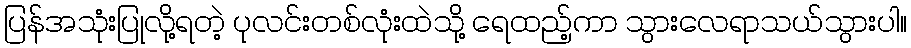
ပြန်အသုံးပြုလို့ရတဲ့ ပုလင်းတစ်လုံးထဲသို့ ရေထည့်ကာ သွားလေရာသယ်သွားပါ။